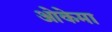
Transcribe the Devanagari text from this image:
ओकेमा